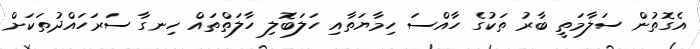
އެގޮތުން ސަލާމަތީ ބާރު ތަކުގެ ހާއްސަ ހިމާޔަތާއި ހަލަބޮލި ހާލަތްތައް ހިނގާ ސަރަހައްދުތަކަށް